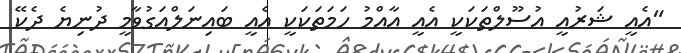
"އެއީ ޝަރުއީ އުސޫލްތަކަކީ އެއީ އާއްމު ހަމަތަކަކީ އެއީ ބައިނަލްއަގުވާމީ ދުނިޔެ ދެކޭ